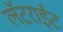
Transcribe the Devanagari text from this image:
लॅटराईट